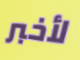
لأخبر